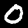
Label: 0